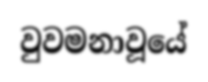
වුවමනාවූයේ